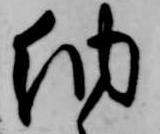
納